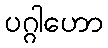
ပဂ္ဂါဟော